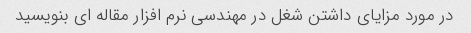
در مورد مزایای داشتن شغل در مهندسی نرم افزار مقاله ای بنویسید